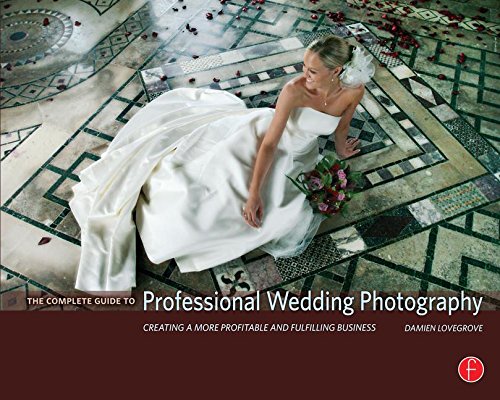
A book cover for The Complete Guide to Professional Wedding Photography: Creating a more profitable and fulfilling business; Damien Lovegrove; Crafts, Hobbies & Home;